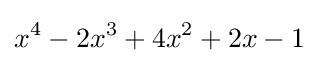
x^{4}-2x^{3}+4x^{2}+2x-1